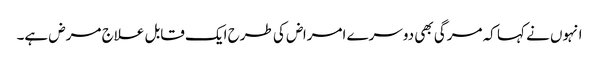
انہوں نے کہا کہ مرگی بھی دوسرے امراض کی طرح ایک قابل علاج مرض ہے۔